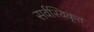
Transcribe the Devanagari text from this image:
सर्वस्विकृत